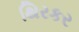
થિરકર